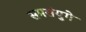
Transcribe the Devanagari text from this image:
समसंयुगे